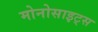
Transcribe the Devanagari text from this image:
मोनोसाइट्स